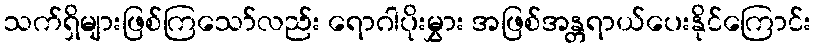
သက်ရှိများဖြစ်ကြသော်လည်း ရောဂါပိုးမွှား အဖြစ်အန္တရာယ်ပေးနိုင်ကြောင်း